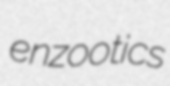
enzootics